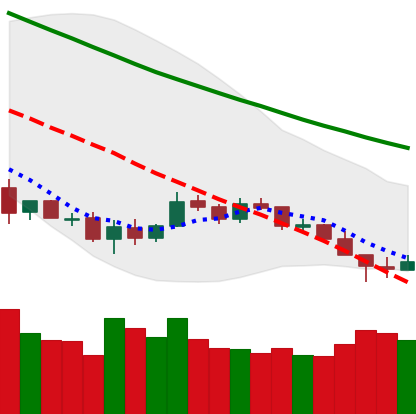
Ticker: LTC-USD
Chart end date: 2018-12-09
Forward return: -9.568%
Label: down_7plus